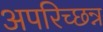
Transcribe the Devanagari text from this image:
अपरिच्छन्न